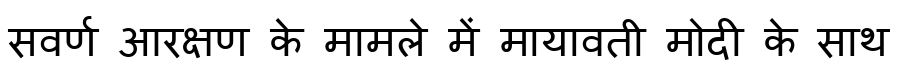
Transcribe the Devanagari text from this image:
सवर्ण आरक्षण के मामले में मायावती मोदी के साथ